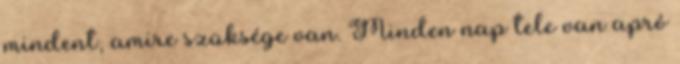
mindent, amire szüksége van. Minden nap tele van apró